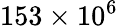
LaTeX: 153\times 10^{6}